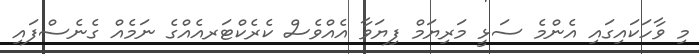
މި ވާހަކައިގައި އެންމެ ސަޅީ މަރިޔަމް ފިޔަވާ އެއްވެސް ކެރެކްޓަރއެއްގެ ނަމެއް ގެނެސްފައި